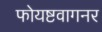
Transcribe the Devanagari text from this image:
फोयष्टवागनर